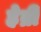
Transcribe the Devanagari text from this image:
हेब्री